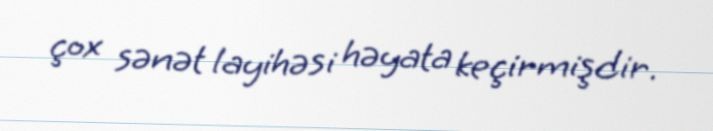
çox sənət layihəsi həyata keçirmişdir.